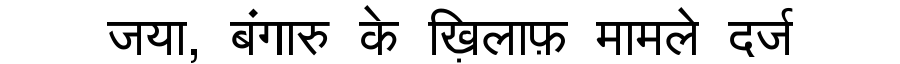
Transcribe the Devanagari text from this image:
जया, बंगारु के ख़िलाफ़ मामले दर्ज